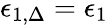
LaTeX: \epsilon_{1,\Delta}=\epsilon_{1}